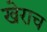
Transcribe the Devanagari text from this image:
खेराच